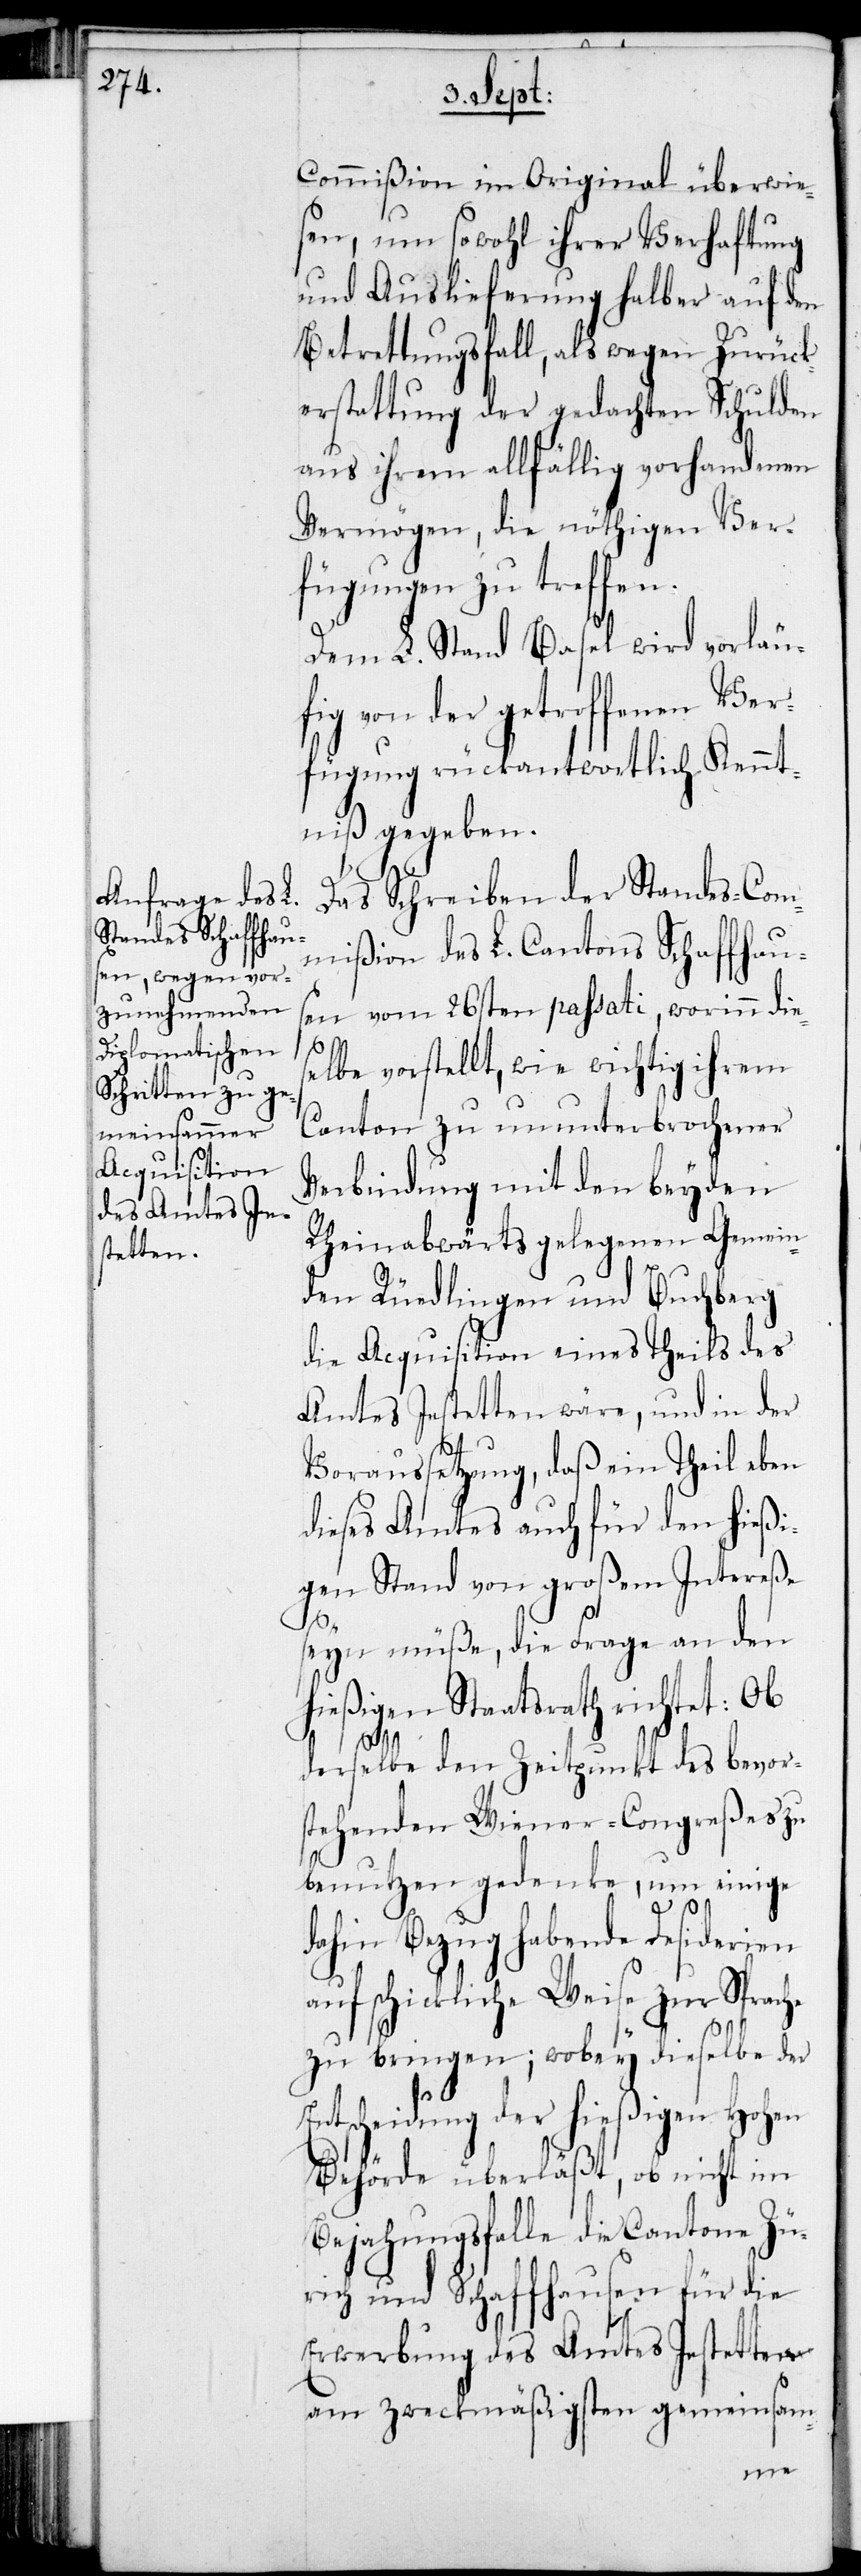
Commißion im Original überwie¬
sen, um sowohl ihrer Verhaftung
und Auslieferung halber auf den
Betrettungsfall, als wegen Zurück¬
erstattung der gedachten Schulden
aus ihrem allfällig vorhandenen
Vermögen, die nöthigen Ver¬
fügungen zu treffen.
Dem L. Stand Basel wird vorläu¬
fig von der getroffenen Ver¬
fügung rückantwortlich Kennt¬
niß gegeben.
Das Schreiben der Standes-Com¬
mißion des L. Cantons Schaffhaus¬
en vom 26sten passati, worinn die¬
selbe vorstellt, wie wichtig ihrem
Canton zu ununterbrochener
Verbindung mit den beyden
Rheinabwärts gelegenen Gemein¬
den Rüdlingen und Buchberg
die Acquisition eines Theils des
Amtes Jestetten wäre, und in der
Voraussetzung, daß ein Theil eben
dieses Amtes auch für den hießi¬
gen Stand von großem Intereße
seyn müße, die Frage an den
hießigen Staatsrath richtet: Ob
derselbe den Zeitpunkt des bevor¬
stehenden Wiener-Congreßes zu
benutzen gedenke, um einige
dahin Bezug habende Desiderien
auf schickliche Weise zur Sprache
zu bringen; wobey dieselbe der
Entscheidung der hießigen Hohen
Behörde überläßt, ob nicht im
Bejahungsfalle die Cantone Zü¬
rich und Schaffhausen für die
Erwerbung des Amtes Jestetten
am zweckmäßigsten gemeinsam-